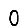
Digit: 0